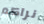
نراكم